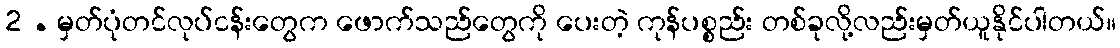
2 . မှတ်ပုံတင်လုပ်ငန်းတွေက ဖောက်သည်တွေကို ပေးတဲ့ ကုန်ပစ္စည်း တစ်ခုလို့လည်းမှတ်ယူနိုင်ပါတယ်။